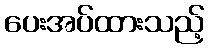
ပေးအပ်ထားသည့်